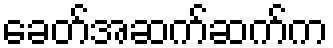
ခေတ်အဆက်ဆက်က